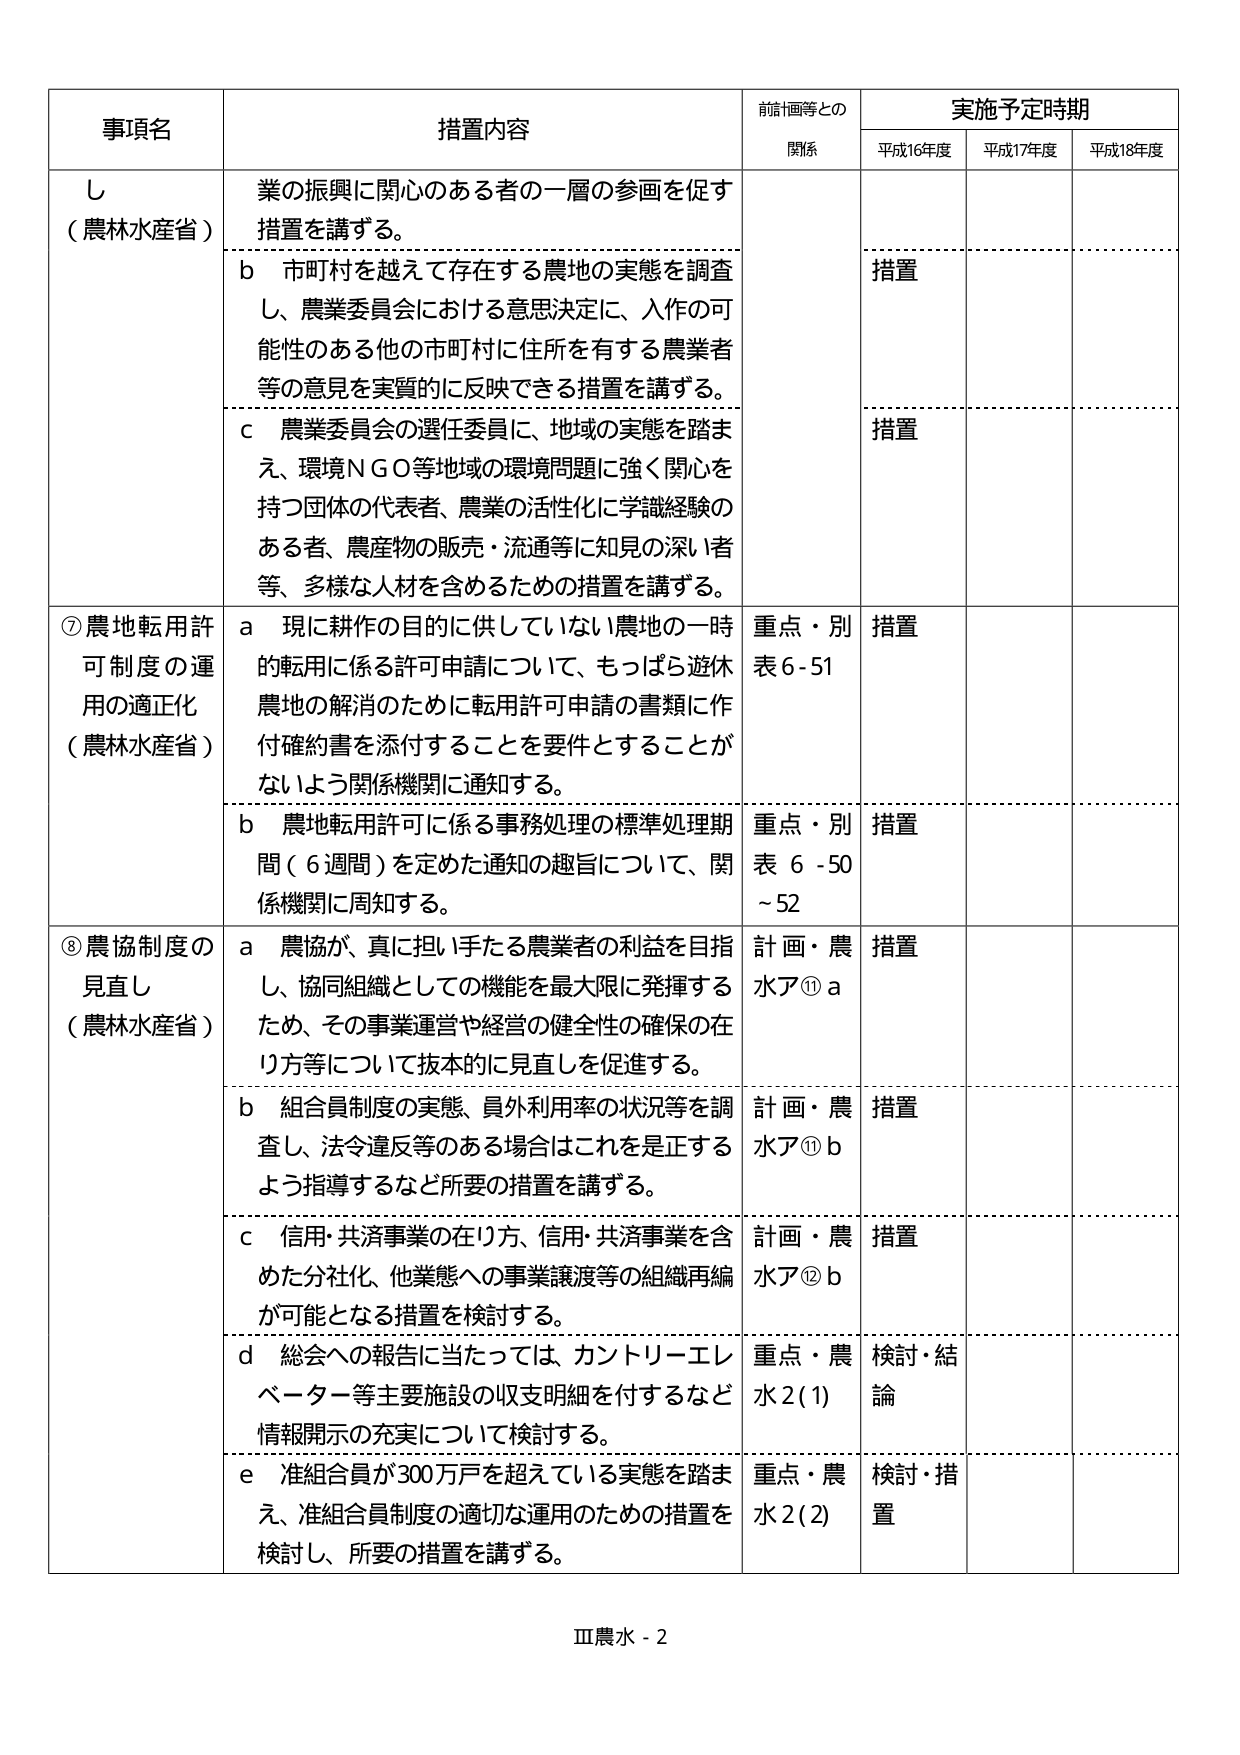
事項名
措置内容
前計画等との
関係
実施予定時期
平成16年度
平成17年度
平成18年度
し
（農林水産省）
業の振興に関心のある者の一層の参画を促す
措置を講ずる。
b 市町村を越えて存在する農地の実態を調査
し、農業委員会における意思決定に、入作の可
能性のある他の市町村に住所を有する農業者
等の意見を実質的に反映できる措置を講ずる。
措置
c 農業委員会の選任委員に、地域の実態を踏ま
え、環境NGO等地域の環境問題に強く関心を
持つ団体の代表者、農業の活性化に学識経験の
ある者、農産物の販売・流通等に知見の深い者
等、多様な人材を含めるための措置を講ずる。
措置
⑦農地転用許
可制度の運
用の適正化
（農林水産省）
a 現に耕作の目的に供していない農地の一時
的転用に係る許可申請について、もっぱら遊休
農地の解消のために転用許可申請の書類に作
付確約書を添付することを要件とすることが
ないよう関係機関に通知する。
重点・別
表6-51
措置
b 農地転用許可に係る事務処理の標準処理期
間（6週間）を定めた通知の趣旨について、関
係機関に周知する。
重点・別
表 6 -50
～52
措置
⑧農協制度の
見直し
（農林水産省）
a 農協が、真に担い手たる農業者の利益を目指
し、協同組織としての機能を最大限に発揮する
ため、その事業運営や経営の健全性の確保の在
り方等について抜本的に見直しを促進する。
計画・農
水ア⑪a
措置
b 組合員制度の実態、員外利用率の状況等を調
査し、法令違反等のある場合はこれを是正する
よう指導するなど所要の措置を講ずる。
計画・農
水ア⑪b
措置
c 信用・共済事業の在り方、信用・共済事業を含
めた分社化、他業態への事業譲渡等の組織再編
が可能となる措置を検討する。
計画・農
水ア⑫b
措置
d 総会への報告に当たっては、カントリーエレ
ベーター等主要施設の収支明細を付するなど
情報開示の充実について検討する。
重点・農
水2(1)
検討・結
論
e 准組合員が300万户を超えている実態を踏ま
え、准組合員制度の適切な運用のための措置を
検討し、所要の措置を講ずる。
重点・農
水2(2)
検討・措
置
Ⅲ農水 - 2